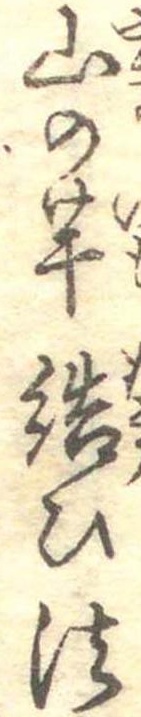
山の芋結ひ法